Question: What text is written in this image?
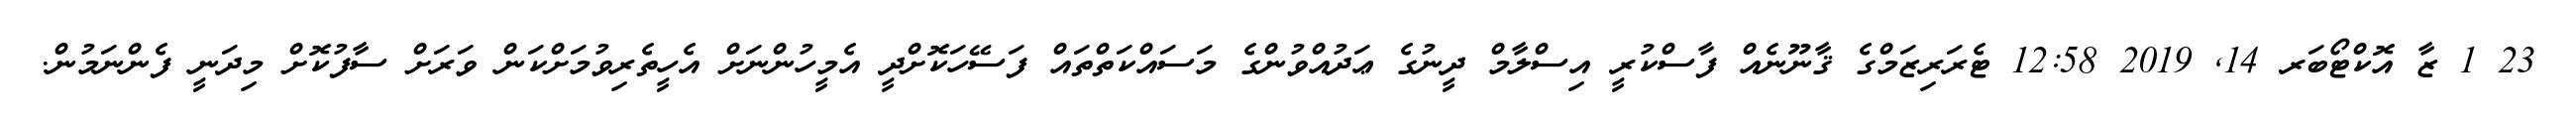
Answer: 23 1 ޒާ އޮކްޓޯބަރ 14, 2019 12:58 ޓެރަރިޒަމްގެ ޤާނޫނެއް ފާސްކުރީ އިސްލާމް ދީނުގެ ޢަދުއްވުންގެ މަސައްކަތްތައް ފަސޭހަކޮށްދީ އެމީހުންނަށް އެހީތެރިވުމަށްކަން ވަރަށް ސާފުކޮށް މިދަނީ ފެންނަމުން.